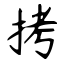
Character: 拷